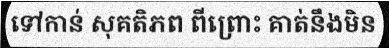
ទៅកាន់ សុគតិភព ពីព្រោះ គាត់នឹងមិន